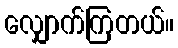
လျှောက်ကြတယ်။